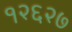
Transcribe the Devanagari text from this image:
१२६२७